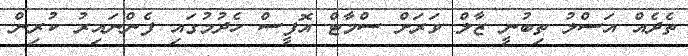
ތެދެއް އަސްލު ތިބުނީ ޒާލް ވަރަށް ސްމާޓް އޮފީސް ހެދުމުގައި ފެންނައިރު ކުރިން